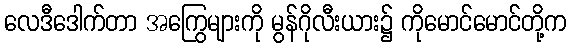
လေဒီဒေါက်တာ အကြွေများကို မွန်ဂိုလီးယား၌ ကိုမောင်မောင်တို့က